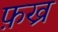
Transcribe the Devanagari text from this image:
फ़ख्र